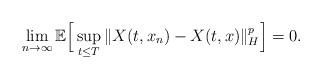
LaTeX: \begin{align*} \lim_{n\rightarrow\infty}\mathbb{E}\Big[ \sup_{t\leq T}\Vert X(t, x_n) - X(t, x) \Vert_H^p \Big] = 0 .\end{align*}